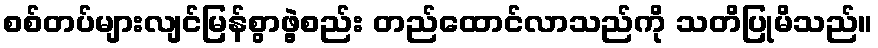
စစ်တပ်များလျင်မြန်စွာဖွဲ့စည်း တည်ထောင်လာသည်ကို သတိပြုမိသည်။